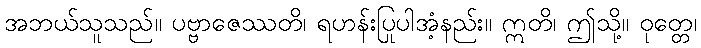
အဘယ်သူသည်။ ပဗ္ဗာဇေဿတိ၊ ရဟန်းပြုပါအံ့နည်း။ ဣတိ၊ ဤသို့။ ဝုတ္တေ၊